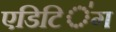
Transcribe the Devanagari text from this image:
एडिटिऺग